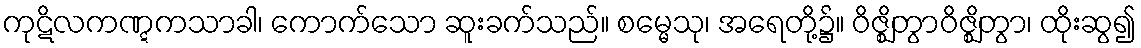
ကုဋိလကဏ္ဋကသာခါ၊ ကောက်သော ဆူးခက်သည်။ စမ္မေသု၊ အရေတို့၌။ ဝိဇ္ဈိတွာဝိဇ္ဈိတွာ၊ ထိုးဆွ၍